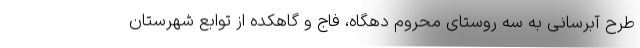
طرح آبرسانی به سه روستای محروم دهگاه، فاج و گاهکده از توابع شهرستان